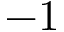
- 1